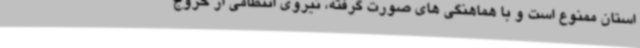
استان ممنوع است و با هماهنگی های صورت گرفته، نیروی انتظامی از خروج